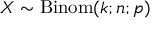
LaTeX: X \sim \operatorname { B i n o m } ( k ; n ; p )